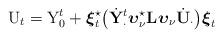
LaTeX: \begin{align*}\mathrm{U}_t=\mathrm{Y}_0^t+\boldsymbol{\xi}^\star_t\big(\dot{\mathbf{Y}}^t_{\cdot}\boldsymbol{\upsilon}^\star_\nu \mathbf{L} \boldsymbol{\upsilon}_\nu\dot{\mathbf{U}}_{\cdot}\big)\boldsymbol{\xi}_t\end{align*}